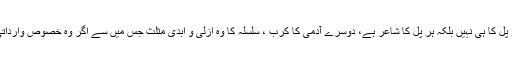
نوری کی جاں باختہ و دل گداز نوری، کبھی کبھی کا وہ شاعر جو پل دو پل کا ہی نہیں بلکہ ہر پل کا شاعر ہے، دوسرے آدمی کا کرب ، سلسلہ کا وہ ازلی و ابدی مثلث جس میں سے اگر وہ خصوص وارداتی شیڈز نکال دیے جائیں تو بس عام سی مثلث نما کہانی بن کر رہ جائے۔